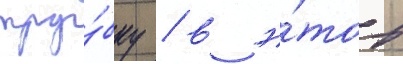
тру́бку / в э́тот